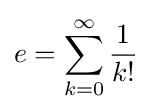
e=\sum _{k=0}^{\infty }{\frac {1}{k!}}